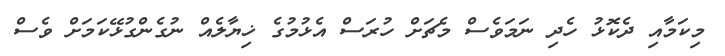
މިކަމާއި ދެކޮޅު ހެދި ނަމަވެސް މެޗަށް ހުރަސް އެޅުމުގެ ޚިޔާލެއް ނުގެންގުޅޭކަމަށް ވެސް